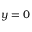
y = 0